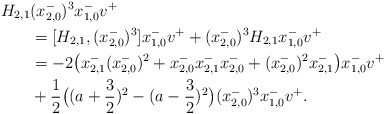
\begin{align*}H_{2,1}&(x_{2,0}^{-})^3x_{1,0}^{-}v^{+}\\&=[H_{2,1},(x_{2,0}^{-})^3]x_{1,0}^{-}v^{+}+(x_{2,0}^{-})^3 H_{2,1}x_{1,0}^{-}v^{+}\\&=-2\big(x_{2,1}^{-}(x_{2,0}^{-})^2+x_{2,0}^{-}x_{2,1}^{-}x_{2,0}^{-}+(x_{2,0}^{-})^2 x_{2,1}^{-}\big)x_{1,0}^{-}v^{+}\\&+\frac{1}{2}\big((a+\frac{3}{2})^2-(a-\frac{3}{2})^2\big)(x_{2,0}^{-})^3 x_{1,0}^{-}v^{+}.\end{align*}